Report on the lunatic asylums under the Government of Bombay - 1904-1913
Year: 1904
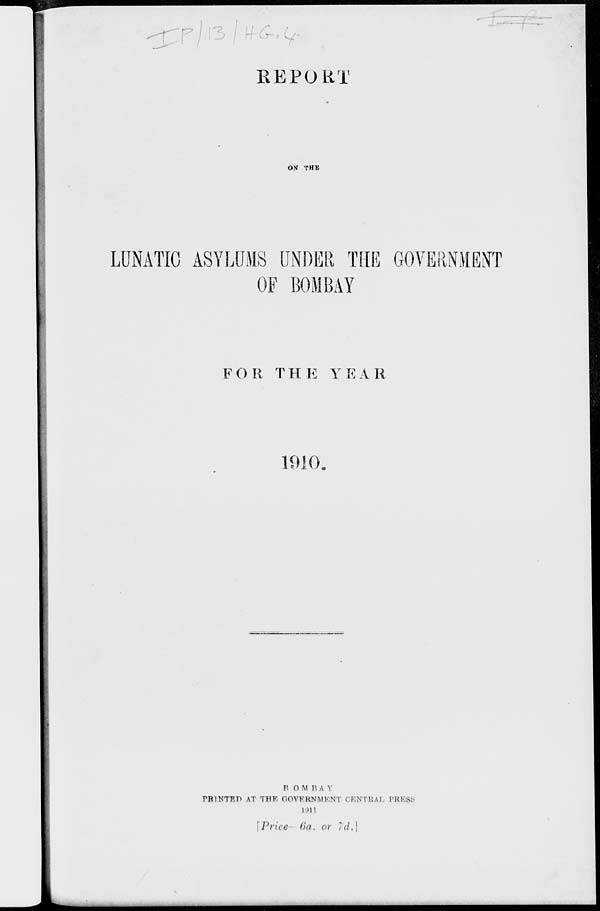
REPORT
ON THE
LUNATIC ASYLUMS UNDER THE GOVERNMENT
OF BOMBAY
FOR THE YEAR
1910.
BOMBAY
PRINTED AT THE GOVERNMENT CENTRAL PRESS
1911
[Price— 6a. or 7d.]